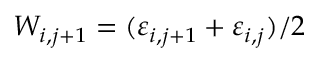
W _ { i , j + 1 } = ( \varepsilon _ { i , j + 1 } + \varepsilon _ { i , j } ) / 2